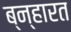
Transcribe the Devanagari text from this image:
ब्न्हारत